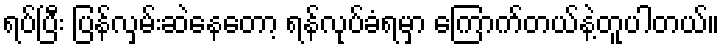
ရပ်ပြီး ပြန်လှမ်းဆဲနေတော့ ရန်လုပ်ခံရမှာ ကြောက်တယ်နဲ့တူပါတယ်။